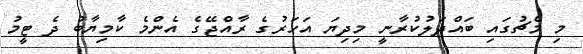
މި މެޗުގައި ބައްދަލުކުރާނީ މިދިޔަ އަހަރުގެ ރާއްޖޭގެ އެންމެ ކާމިޔާބު ދެ ޓީމު